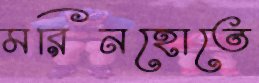
মরিনহোতে